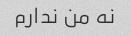
نه من ندارم